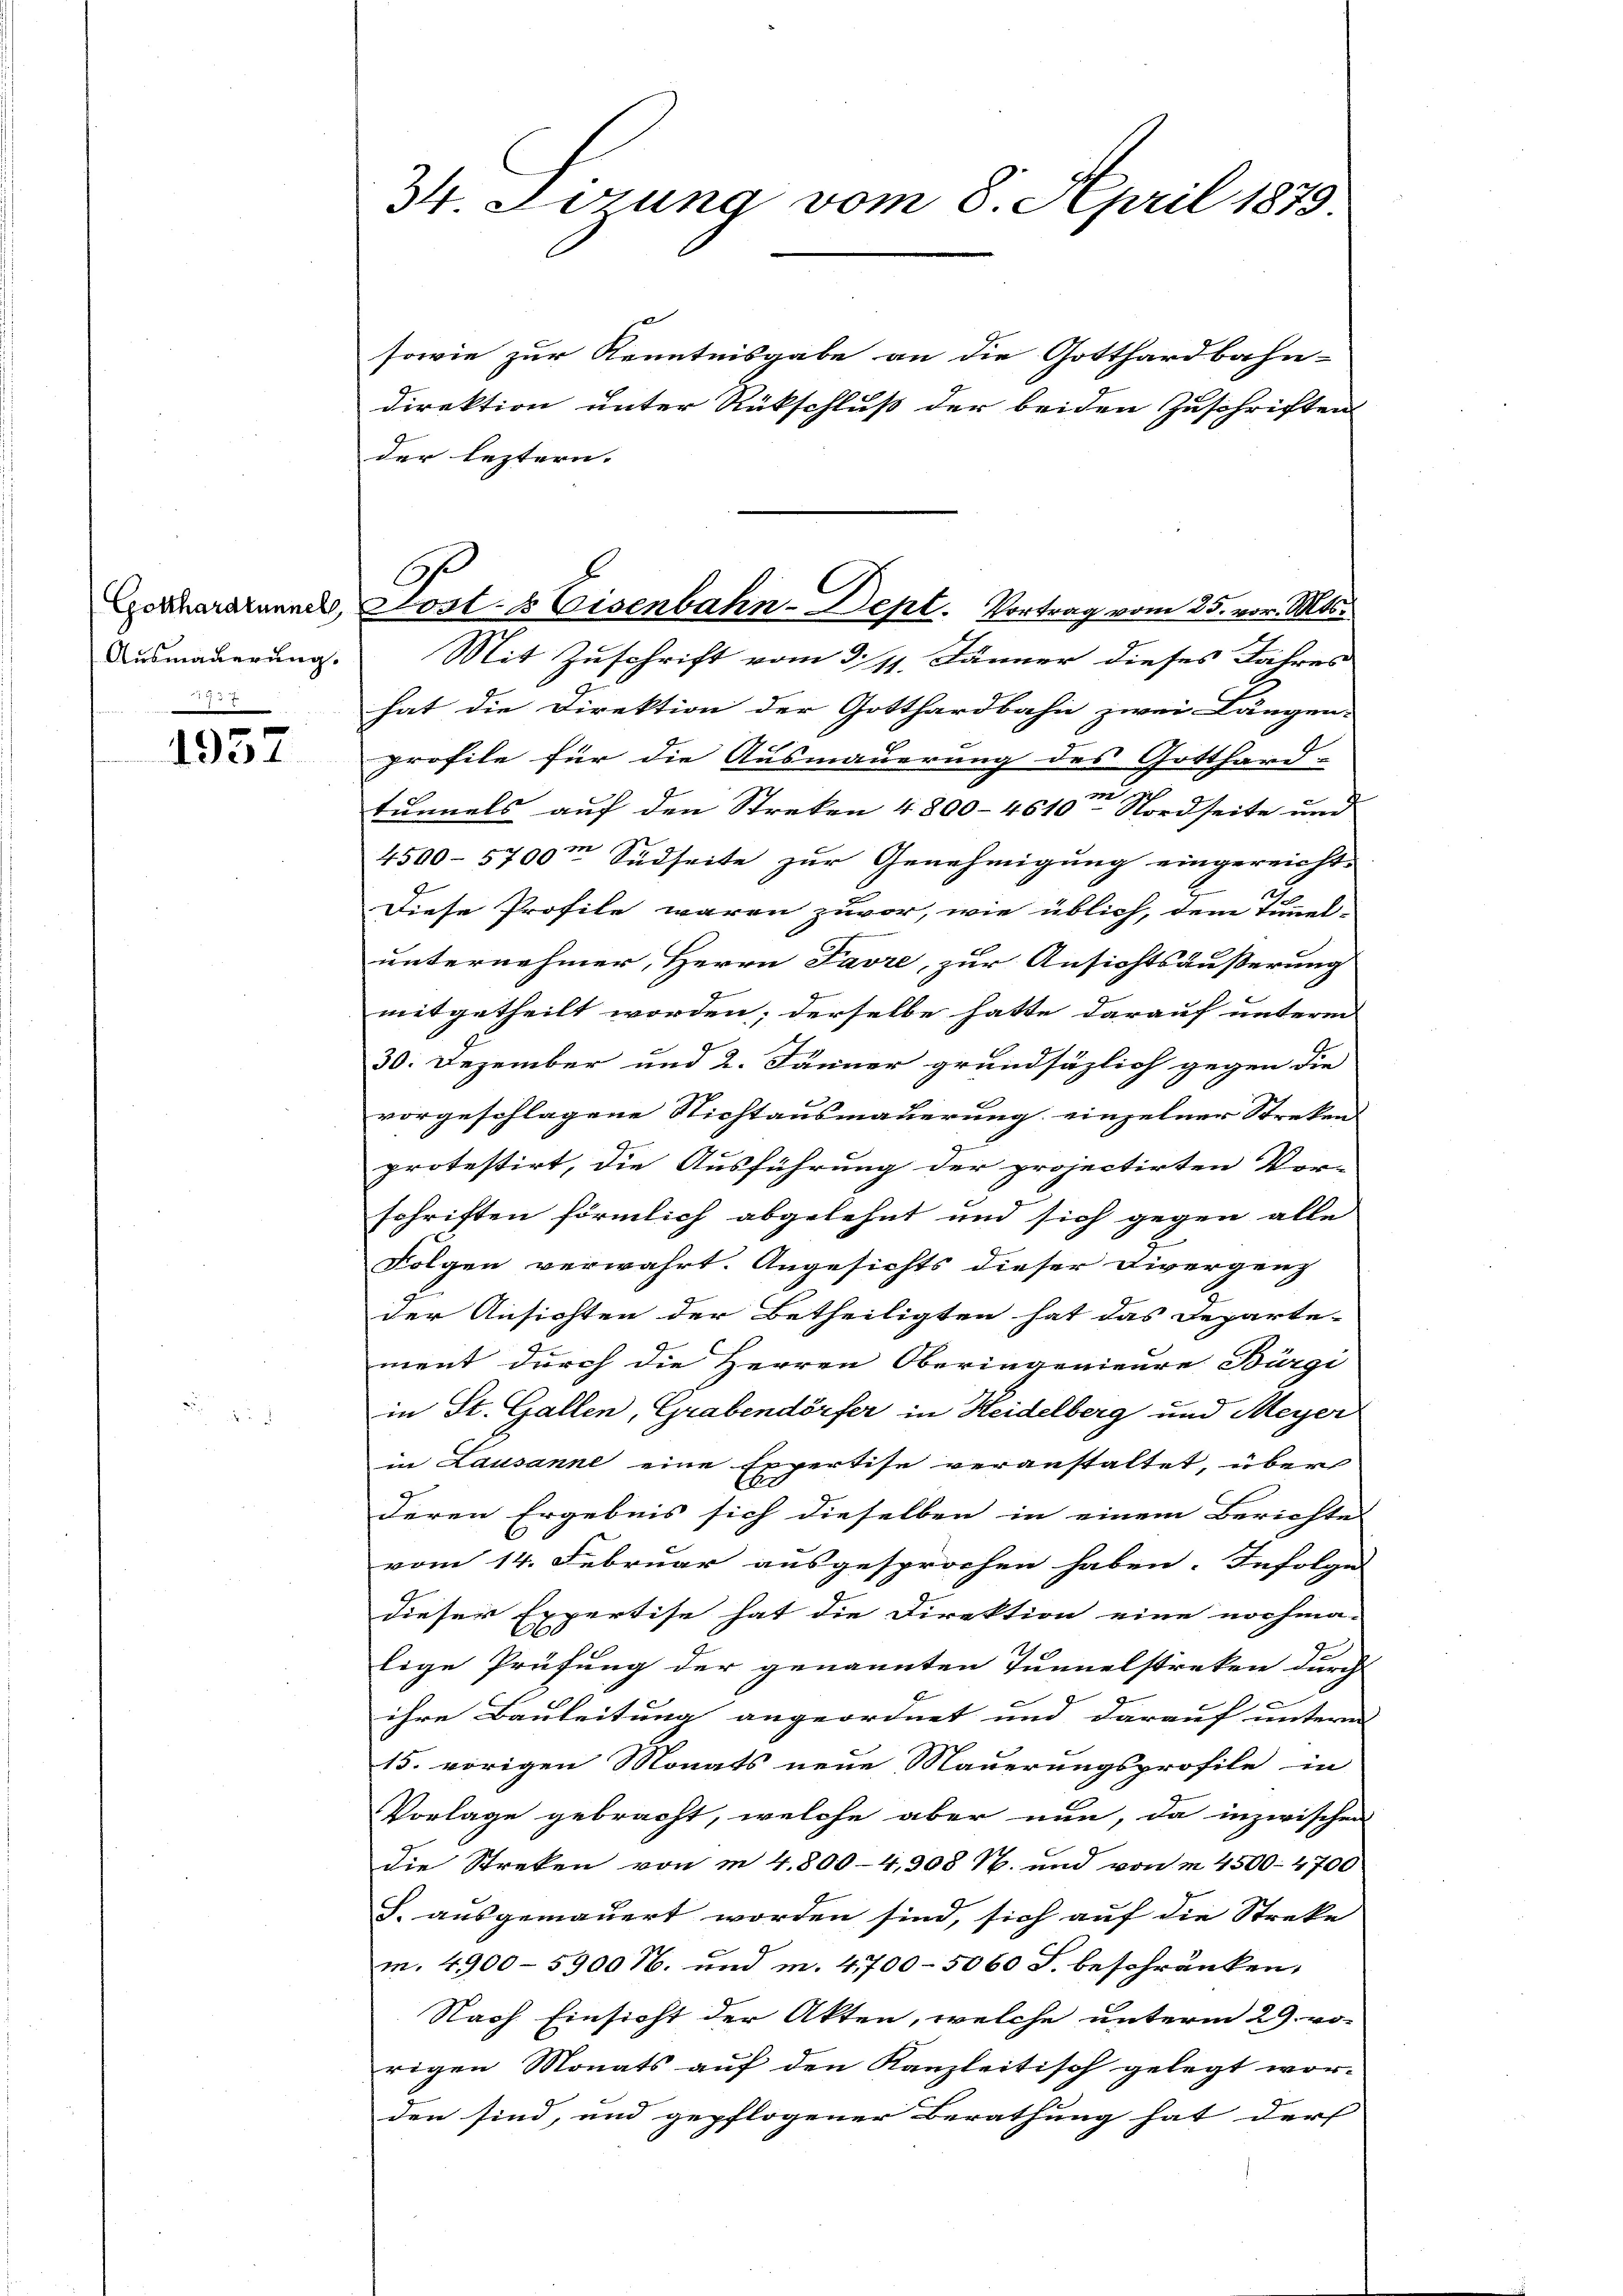
Gotthardtunnell,
Ausmauerung.
3957

1957

34. Lesung vom 8. April 1879

C
Lost- & Eisenbahn-Dept. Vortrag vom 25. vor. Mts.
Mit Zuschrift vom 3. 11. Jänner dieses Jahres

sowie zur Kenntnisgabe an die Gotthardbahn-
Direktion unter Rückschluß der beiden Zuschriften
der leztern. |
hat die Direktion der Gotthardbahn zwei Längen-
profile für die Ausmauerung des Gotthard-
tunnels auf den Streken 4800-4610- Nordseite und
4500-5700m Südseite zur Genehmigung eingereicht-
177
Diese Profile waren zuvor, wie üblich, dem tummel-
unternehmer, Herrn Favre, zur Ansichtsäußerung
mitgetheilt worden; derselbe hatte darauf unterm
30. Dezember und 2. Jänner grundsäzlich gegen die
vorgeschlagene Nichtausmauerung einzelner Streken-
protestirt, die Ausführung der projectirten Vor-
schriften förmlich abgelehnt und sich gegen alle
Folgen verwahrt. Angesichts dieser Divergenz
der Ansichten der Betheiligten hat das Departe-
ment durch die Herren Oberingenieure Bürgi
in St. Gallen, Grabendörfer in Heidelberg und Meyer
in Lausanne eine Expertise veranstaltet, über
deren Ergebnis sich dieselben in einem Berichtes
vom 14. Februar ausgesprochen haben. Infolge
dieser Expertise hat die Direktion eine nochma-
lige Prüfung der genannten Tunnelstreken durch
ihre Bauleitung angeordnet und darauf unterm
15. vorigen Monats neue Mauerungsprofile in
Vorlage gebracht, welche aber nun, da inzwischen
die Streken von in 4800-4,908 Rp. und von m 4500. 4700
J. ausgemauert worden sind, sich auf die Streke
m. 4900-5900 N. und m. 4700-5060 S. beschränken,
Nach Einsicht der Akten, welche unterm 29. von
rigen Monats auf den Kanzleitisch gelegt wor-
den sind, und gepflogener Berathung hat der